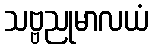
သဗ္ဗညုမာလယံ